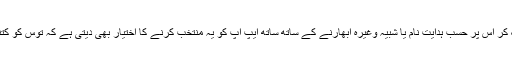
توس کو سینک کر اس پر حسب ہدایت نام یا شبیہ وغیرہ اُبھارنے کے ساتھ ساتھ ایپ آپ کو یہ منتخب کرنے کا اختیار بھی دیتی ہے کہ توس کو کتنا سینکا جائے۔